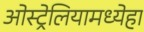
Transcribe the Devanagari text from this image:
ओस्ट्रेलियामध्येहा